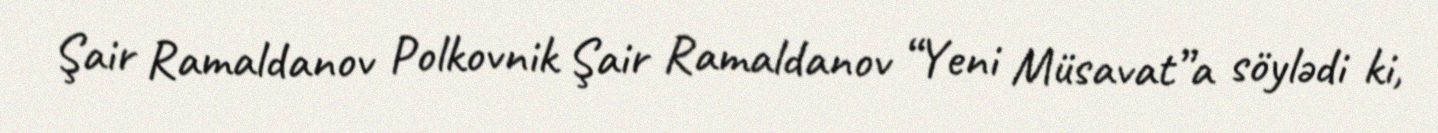
Şair Ramaldanov Polkovnik Şair Ramaldanov “Yeni Müsavat”a söylədi ki,